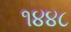
૧૪૪૮